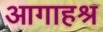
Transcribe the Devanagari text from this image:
आगाहश्र